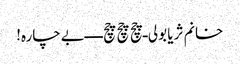
خانم ثریا بولی ـ چچ چچ چچ ـ ـ ـ ـ بےچارہ!